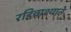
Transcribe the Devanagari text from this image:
रहिवाश्याने